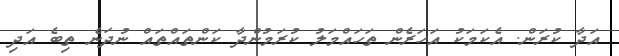
އަދާ ކުރަން. އެކަމަކު އަހަރެން ތަހައްމަލު ކުރަމުންދާ ކަންތައްތައް ނުދަނެ ތިބެ އަދި